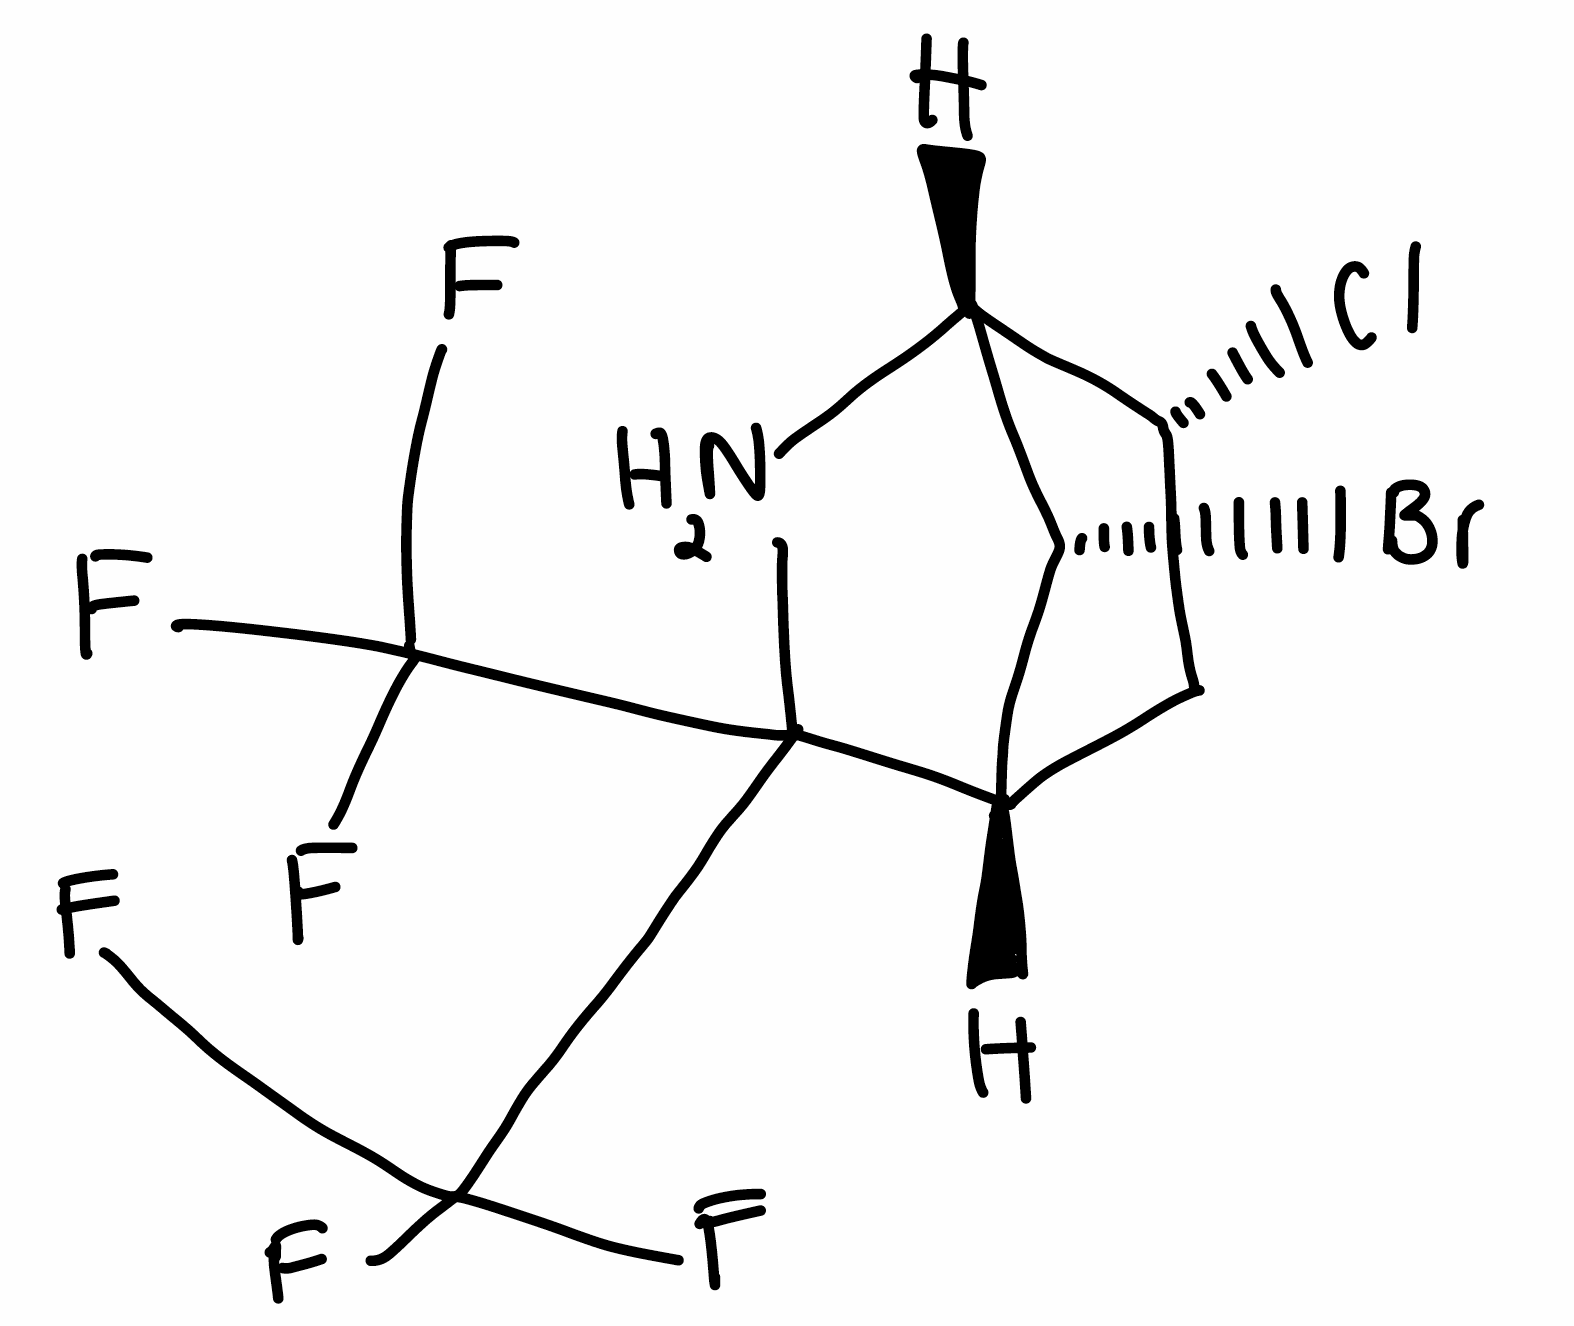
Simplified molecular-input line-entry system (SMILES) notation of the given molecule:
C1[C@H]2[C@H]([C@@H]([C@@H]1Cl)[NH2+]C2(C(F)(F)F)C(F)(F)F)Br